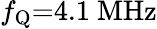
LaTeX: f_{\mathrm{Q}}{=}4.1~\mathrm{MHz}